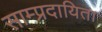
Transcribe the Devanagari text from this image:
साम्प्रदायिता